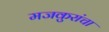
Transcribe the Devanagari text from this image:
मजकुरांचा